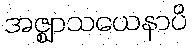
အဇ္ဈာသယေနာပိ